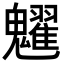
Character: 𩴹